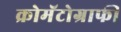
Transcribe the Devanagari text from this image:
क्रोमॅटोग्राफी